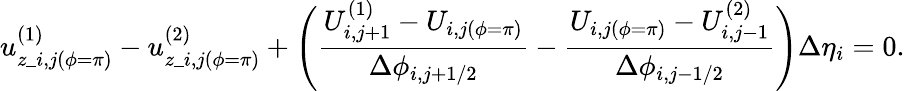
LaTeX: u_{z\_ i,j(\phi=\pi)}^{(1)}-u_{z\_ i,j(\phi=\pi)}^{(2)}+\Biggl(\frac{U_{i,j+1}^{(1)}-U_{i,j(\phi=\pi)}}{\Delta\phi_{i,j+1/2}}-\frac{U_{i,j(\phi=\pi)}-U_{i,j-1}^{(2)}}{\Delta\phi_{i,j-1/2}}\Biggr)\Delta\eta_{i}=0.